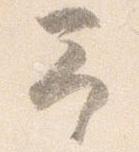
予